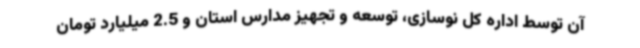
آن توسط اداره کل نوسازی، توسعه و تجهیز مدارس استان و 2.5 میلیارد تومان